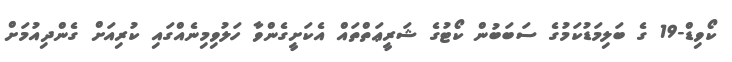
ކޯވިޑް-19 ގެ ބަލިމަޑުކަމުގެ ސަބަބުން ކޯޓުގެ ޝަރީޢަތްތައް އެކަށީގެންވާ ހަލުވިމިނެއްގައި ކުރިއަށް ގެންދިއުމަށް